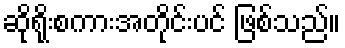
ဆိုရိုးစကားအတိုင်းပင် ဖြစ်သည်။